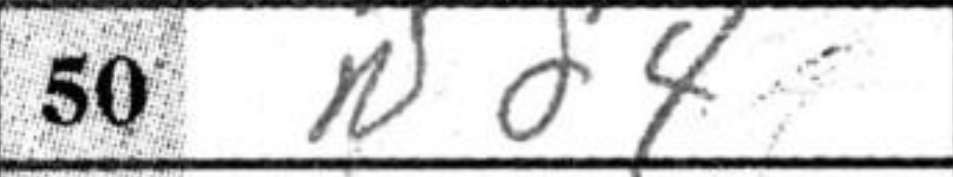
Transcription: Nd4